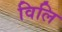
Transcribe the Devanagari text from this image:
विलि